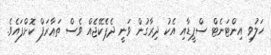
ހަލުވި އިންޓަނެޓް ސްޕީޑާއި އެކު ދިރާގުން ވަނީ ދެޕެކޭޖެއް ވެސް ތަޢާރަފް ކޮށްފައެވެ.